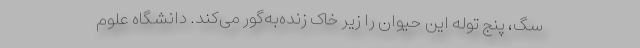
سگ، پنج توله این حیوان را زیر خاک زنده‌به‌گور می‌کند. دانشگاه علوم